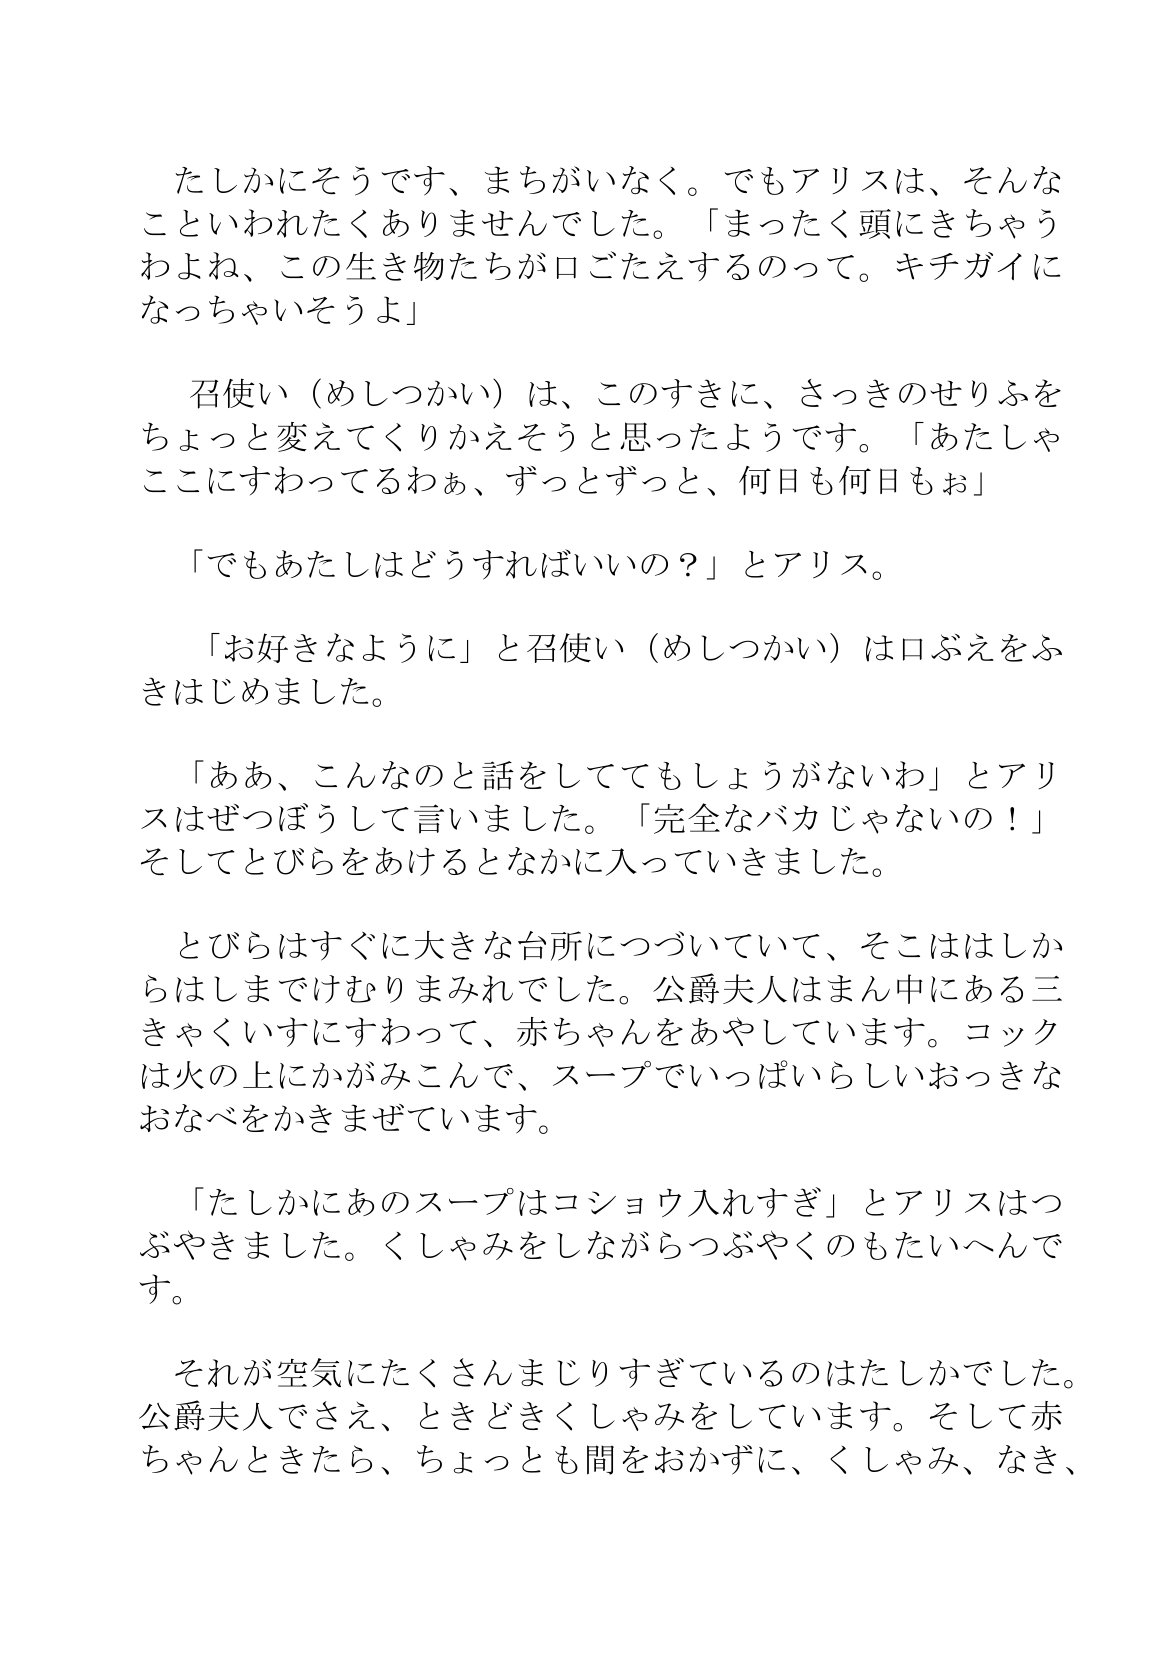
Language: ja